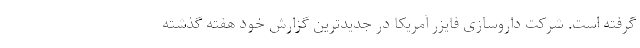
گرفته است. شرکت داروسازی فایزر آمریکا در جدیدترین گزارش خود هفته گذشته